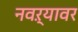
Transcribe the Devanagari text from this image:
नवऱ्यावर